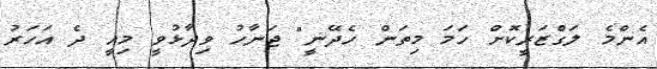
އެންމެ ލަގްޒަރީކޮށް ހަމަ މިތަން ހެދޭނީ" ޖަނާހު ވިދާޅުވީ މިއީ ދެ އަހަރު